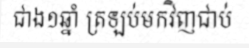
ជាង១ឆ្នាំ ត្រឡប់មកវិញជាប់